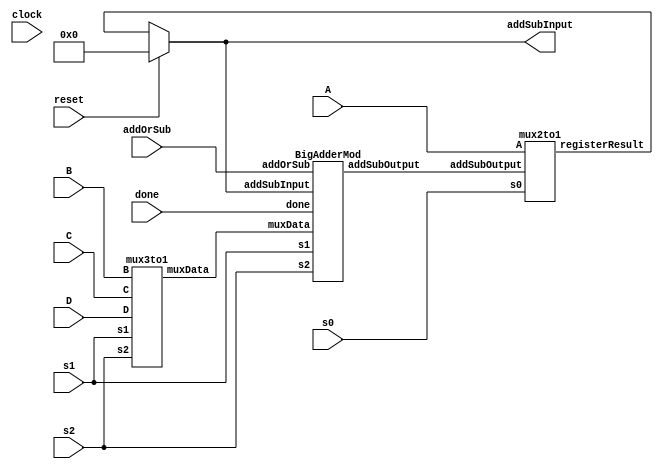
// Steven Xiong
// CSC 142
// Project #2

module addSub
(
	input signed [7:0] A, B, C, D,
	input clock, reset, done, 
	input s0, s1, s2, addOrSub,
	output reg [7:0] addSubInput
);

	wire signed [7:0] muxData, registerResult, addSubOutput;
	

	mux2to1 mux2to1_mod(A, addSubOutput, s0, registerResult);// outputs registerResult		
	mux3to1 mux3to1_mod(B, C, D, s1, s2, muxData);	// outputs muxData


	BigAdderMod bigAddSub_mod(muxData, addSubInput, addOrSub, done, s1, s2, addSubOutput);
	// outputs addSubOutput
	
	// FLIP FLOP , that will store the sum
	always@(registerResult)
	begin
		if(reset == 1)
			addSubInput <=0;
		else
			addSubInput <= registerResult;
	end
	

endmodule

/******************************************************************************************/
//				Adder Subtraceter
/******************************************************************************************/


module BigAdderMod(muxData, addSubInput, addOrSub, done,s1, s2,  addSubOutput);	
	input signed [7:0] muxData, addSubInput;
	input addOrSub, done, s1, s2;
	output reg signed [7:0] addSubOutput;
	
	reg signed [8:0] sumRegister;	
	
	always@(s1 or s2 or muxData)
	begin
//		$display("muxData = %d, addSubInput = %d", muxData, addSubInput);
		if(done == 0)
		begin
			if(addOrSub == 1) begin
				sumRegister = addSubInput + muxData;
			//	$display("%d + %d = %d", addSubInput, muxData, sumRegister);			
			end
		
			else if(addOrSub == 0) begin
				sumRegister = addSubInput - muxData;
			//	$display("%d - %d = %d", addSubInput, muxData, sumRegister);
			end

			
		end

		if(sumRegister[8] == 1) begin
			addSubOutput = {sumRegister[7:0]};
		end
		
		else begin
			addSubOutput = sumRegister;
		end
			
	end	
		

endmodule


/******************************************************************************************/
//				3-to-1 MUX
/*****************************************************************************************/
module mux3to1(B, C, D, s1, s2, muxData);	// 8-bit 3-to-1 MUX module that decides to output B, C, or D

	input signed [7:0] B, C, D;
	input  s1, s2;	// control signals
	output reg signed [7:0] muxData; // output

	always@(s1 or s2)
	begin
		if(s2 == 0 && s1 == 0)	// if the control signal == 0, then the MUX outputs 'B'
			muxData = B;
		else if(s2 == 0 && s1 == 1)	// if the control signal == 1, then the MUX outputs 'C'
			muxData = C;
		else if(s2 == 1 && s1 == 0)	// if the control signal == 2, then the MUX outputs 'D'
			muxData = D;

	end	

endmodule

/******************************************************************************************/
//				2-to-1 MUX
/*****************************************************************************************/

module mux2to1(A, addSubOutput, s0,registerResult);
	input signed [7:0] A, addSubOutput;
	input s0;
	output reg signed [7:0] registerResult;

	always@(s0 or addSubOutput)
	begin
		if(s0 == 0)
			registerResult = A;
		else
			registerResult = addSubOutput;
	end
endmodule